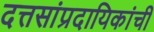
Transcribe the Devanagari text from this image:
दत्तसांप्रदायिकांची